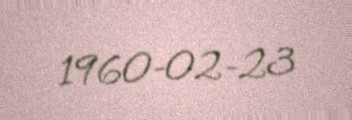
1960-02-23